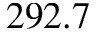
2 9 2 . 7